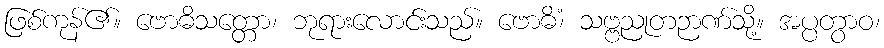
ဖြစ်ကုန်၏။ ဗောဓိသတ္တော၊ ဘုရားလောင်းသည်။ ဗောဓိံ၊ သဗ္ဗညုတဉာဏ်သို့။ အပ္ပတွာဝ၊